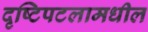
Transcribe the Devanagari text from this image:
दृष्टिपटलामधील